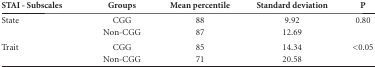
| STAI - Subscales | Groups | Mean percentile | Standard deviation | P |
 | --- | --- | --- | --- | --- |
 | State | CGG | 88 | 9.92 | 0.80 |
 |  | Non-CGG | 87 | 12.69 |  |
 | Trait | CGG | 85 | 14.34 | <0.05 |
 |  | Non-CGG | 71 | 20.58 |  |